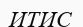
ИТИС